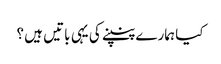
کیا ہمارے پنپنے کی یہی باتیں ہیں ؟